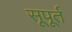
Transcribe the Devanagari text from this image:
सूपूर्त